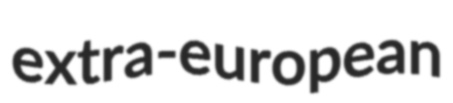
extra-european